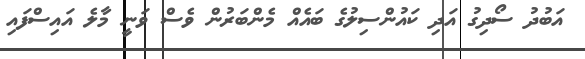
އަބުދު ސޯދިގު އަދި ކައުންސިލުގެ ބައެއް މެންބަރުން ވެސް ވަނީ މާލެ އައިސްފައި